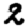
Digit: 2